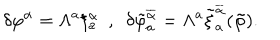
\delta \varphi ^ { \alpha } = \Lambda ^ { a } \xi _ { a } ^ { \alpha } \ \ , \ \ \delta \tilde { \varphi } _ { a } ^ { \overline { { { \alpha } } } } = \Lambda ^ { a } \tilde { \xi } _ { a } ^ { \overline { { { \alpha } } } } ( \tilde { \varphi } ) .